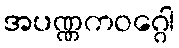
အပဏ္ဏကဝဂ္ဂေါ